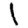
Digit: 1